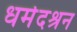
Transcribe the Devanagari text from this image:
धर्मदश्रन